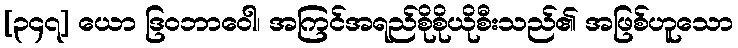
[၃၄၇] ယော ဒြဝဘာဝေါ၊ အကြင်အရည်စိုစိုယိုစီးသည်၏ အဖြစ်ဟူသော